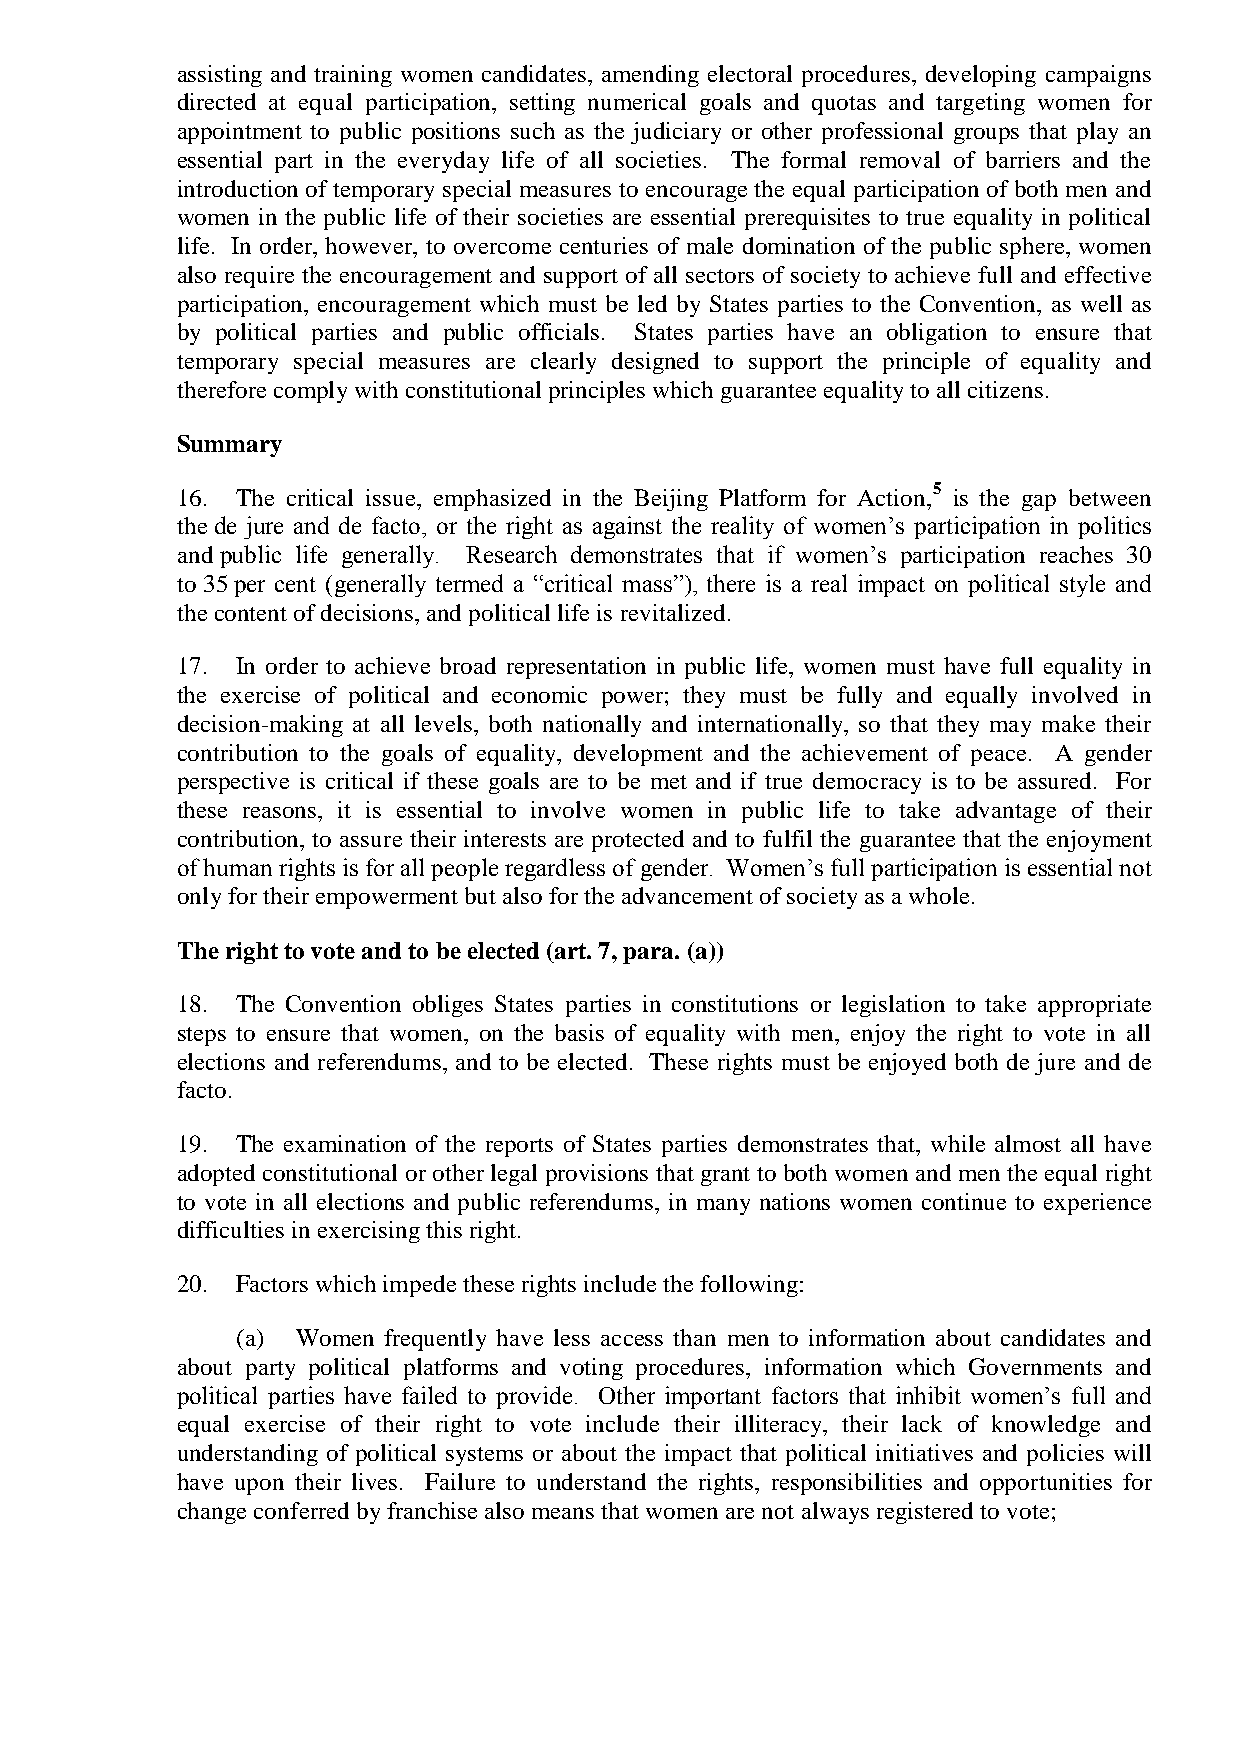
assisting and training women candidates, amending electoral procedures, developing campaigns
 directed at equal participation, setting numerical goals and quotas and targeting women for
 appointment to public positions such as the judiciary or other professional groups that play an
 essential part in the everyday life of all societies. The formal removal of barriers and the
 introduction of temporary special measures to encourage the equal participation of both men and
 women in the public life of their societies are essential prerequisites to true equality in political
 life. In order, however, to overcome centuries of male domination of the public sphere, women
 also require the encouragement and support of all sectors of society to achieve full and effective
 participation, encouragement which must be led by States parties to the Convention, as well as
 by political parties and public officials. States parties have an obligation to ensure that
 temporary special measures are clearly designed to support the principle of equality and
 therefore comply with constitutional principles which guarantee equality to all citizens.
 Summary
 16. The critical issue, emphasized in the Beijing Platform for Action,5 is the gap between
 the de jure and de facto, or the right as against the reality of women’s participation in politics
 and public life generally. Research demonstrates that if women’s participation reaches 30
 to 35 per cent (generally termed a “critical mass”), there is a real impact on political style and
 the content of decisions, and political life is revitalized.
 17. In order to achieve broad representation in public life, women must have full equality in
 the exercise of political and economic power; they must be fully and equally involved in
 decision-making at all levels, both nationally and internationally, so that they may make their
 contribution to the goals of equality, development and the achievement of peace. A gender
 perspective is critical if these goals are to be met and if true democracy is to be assured. For
 these reasons, it is essential to involve women in public life to take advantage of their
 contribution, to assure their interests are protected and to fulfil the guarantee that the enjoyment
 of human rights is for all people regardless of gender. Women’s full participation is essential not
 only for their empowerment but also for the advancement of society as a whole.
 The right to vote and to be elected (art. 7, para. (a))
 18. The Convention obliges States parties in constitutions or legislation to take appropriate
 steps to ensure that women, on the basis of equality with men, enjoy the right to vote in all
 elections and referendums, and to be elected. These rights must be enjoyed both de jure and de
 facto.
 19. The examination of the reports of States parties demonstrates that, while almost all have
 adopted constitutional or other legal provisions that grant to both women and men the equal right
 to vote in all elections and public referendums, in many nations women continue to experience
 difficulties in exercising this right.
 20. Factors which impede these rights include the following:
 (a) Women frequently have less access than men to information about candidates and
 about party political platforms and voting procedures, information which Governments and
 political parties have failed to provide. Other important factors that inhibit women’s full and
 equal exercise of their right to vote include their illiteracy, their lack of knowledge and
 understanding of political systems or about the impact that political initiatives and policies will
 have upon their lives. Failure to understand the rights, responsibilities and opportunities for
 change conferred by franchise also means that women are not always registered to vote;